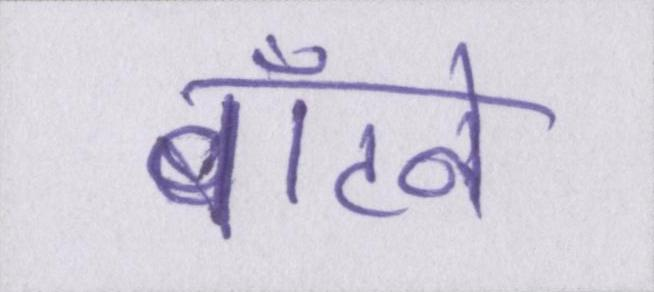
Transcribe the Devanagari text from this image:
बाँटने